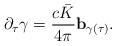
LaTeX: \begin{align*}\partial_\tau \gamma=\frac{c\bar{K}}{4\pi}\mathbf{b}_{\gamma(\tau)}.\end{align*}